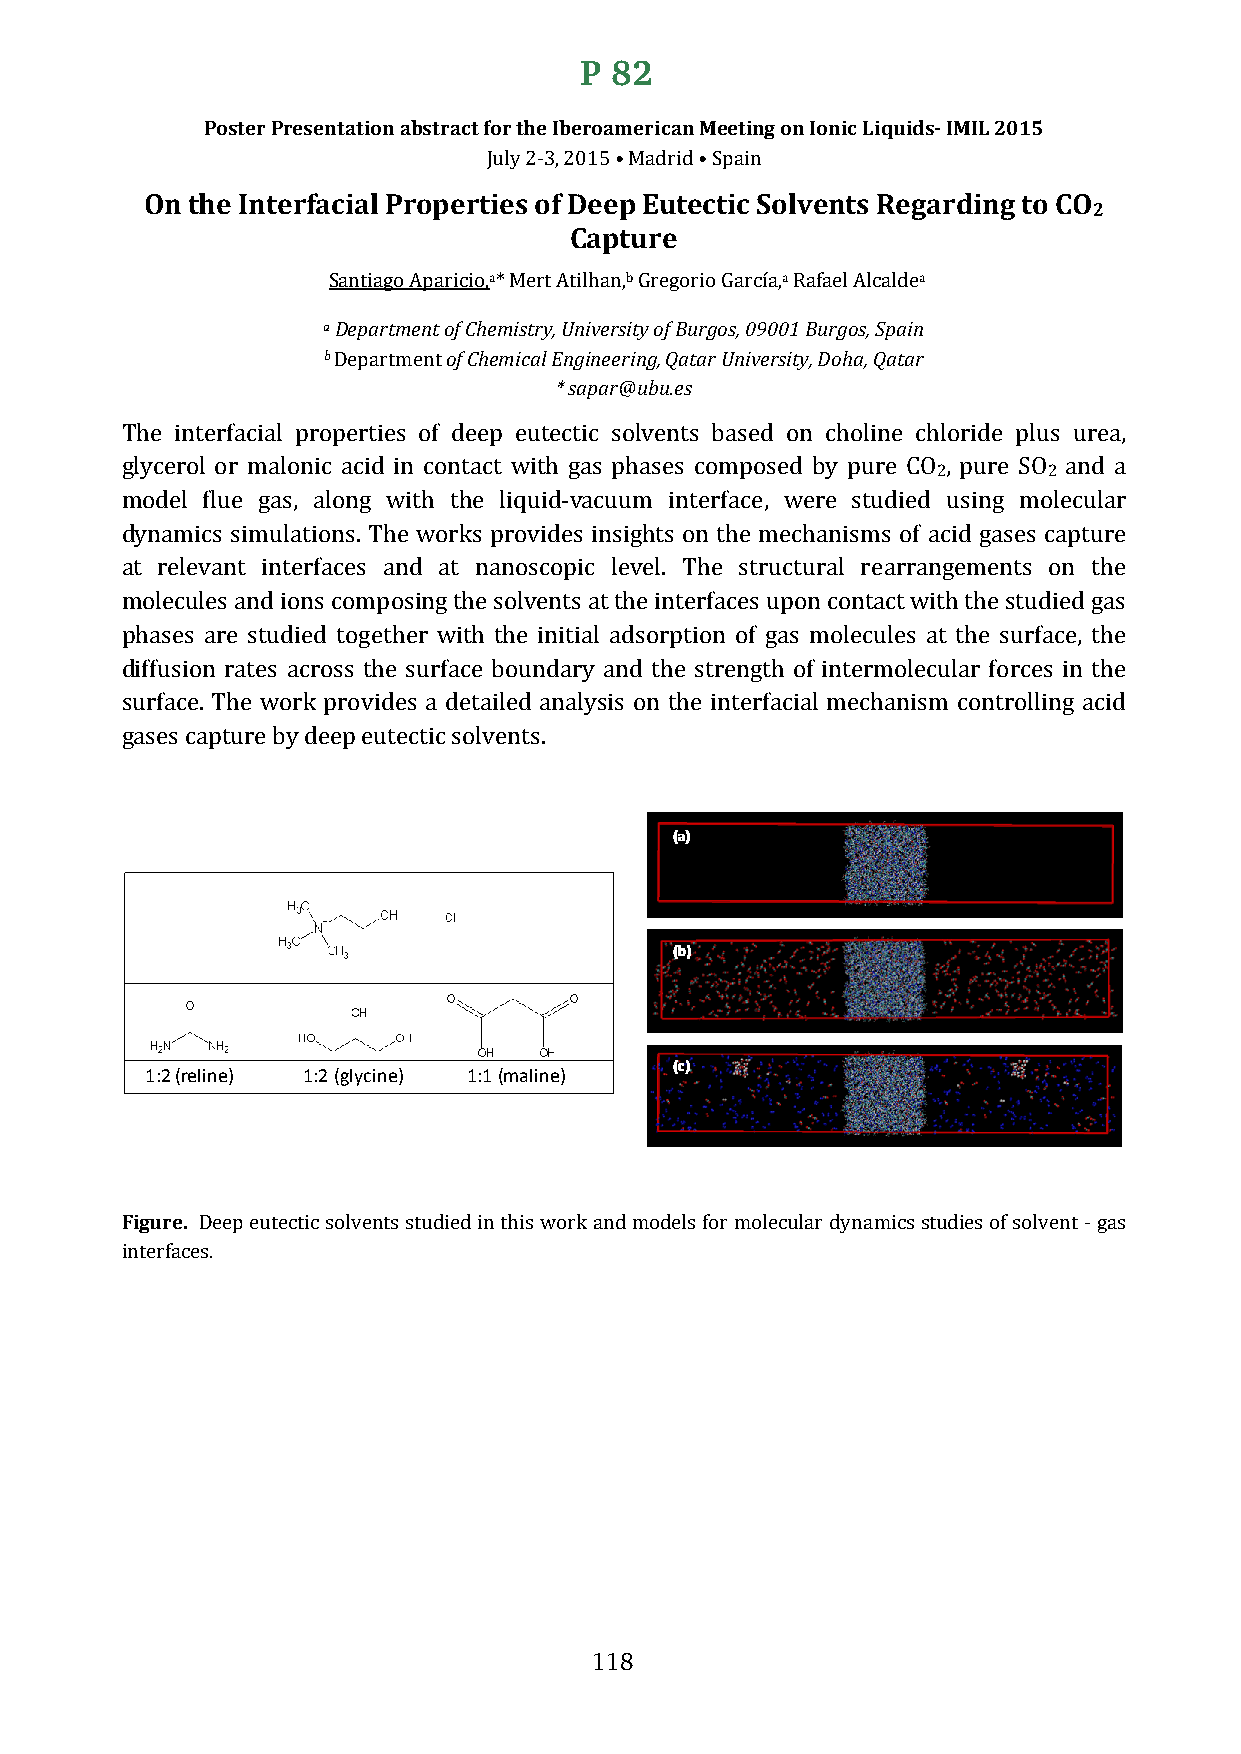
P 82
 Poster Presentation abstract for the Iberoamerican Meeting on Ionic Liquids- IMIL 2015
 On the Interfacial PropertJiuelys 2 o-3f, 2D01e5e •p M Eaduritde •c Stpiacin S olvents Regarding to CO
 2
 Capture
 a        b          a        a
 aS Daenptiaargtom Aenpta roifc Cioh,e*m Misetrryt ,A Utnilihvaenrs,it Gy roefg Bourriog oGsa, r0c9ía0,0 1R Bafuareglo Asl, cSapladien
 b        of Chemical Engineering, Qatar University, Doha, Qatar
 * sapar@ubu.es
 Department
 The interfacial properties of deep eutectic solvents based on choline chloride plus urea,
 2      2
 glycerol or malonic acid in contact with gas phases composed by pure CO , pure SO and a
 model flue gas, along with the liquid-vacuum interface, were studied using molecular
 dynamics simulations. The works provides insights on the mechanisms of acid gases capture
 at relevant interfaces and at nanoscopic level. The structural rearrangements on the
 molecules and ions composing the solvents at the interfaces upon contact with the studied gas
 phases are studied together with the initial adsorption of gas molecules at the surface, the
 diffusion rates across the surface boundary and the strength of intermolecular forces in the
 surface. The work provides a detailed analysis on the interfacial mechanism controlling acid
 gases capture by deep eutectic solvents.
 1:2 (reline) 1:2 (glycine) 1:1 (maline)
 Figure.
 Deep eutectic solvents studied in this work and models for molecular dynamics studies of solvent - gas
 interfaces.
 118